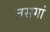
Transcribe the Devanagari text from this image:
तसगां